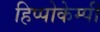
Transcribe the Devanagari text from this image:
हिप्पोकेम्पी